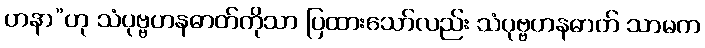
ဟနာ”ဟု သံပုဗ္ဗဟနဓာတ်ကိုသာ ပြထားသော်လည်း သံပုဗ္ဗဟနဓာတ် သာမက